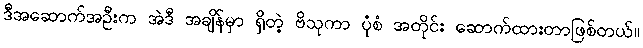
ဒီအဆောက်အဦးက အဲဒီ အချိန်မှာ ရှိတဲ့ ဗိသုကာ ပုံစံ အတိုင်း ဆောက်ထားတာဖြစ်တယ်။